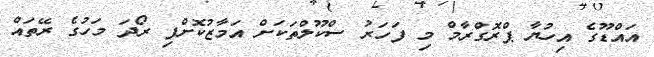
އައްޑޫގެ އިހުޔާ ޕްރޮގްރާމް މި ފަހަރު ސްކޫލްތަކަށް އަމާޒުކޮށްފި ރޯދަ މަހުގެ ރޭތައް